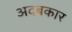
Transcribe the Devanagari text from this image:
अदबकार